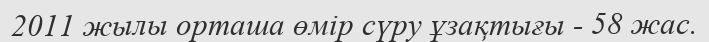
2011 жылы орташа өмір сүру ұзақтығы - 58 жас.